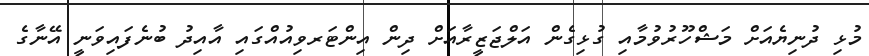
މުޅި ދުނިޔެއަށް މަޝްހޫރުވުމާއި ގުޅިގެން އަލްޖަޒީރާއަށް ދިން އިންޓަރވިއުއްގައި އާއިދު ބުނެފައިވަނީ އޭނާގެ